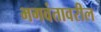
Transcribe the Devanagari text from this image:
भगवंतावरील